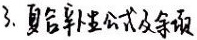
3. 复合率公式及余项